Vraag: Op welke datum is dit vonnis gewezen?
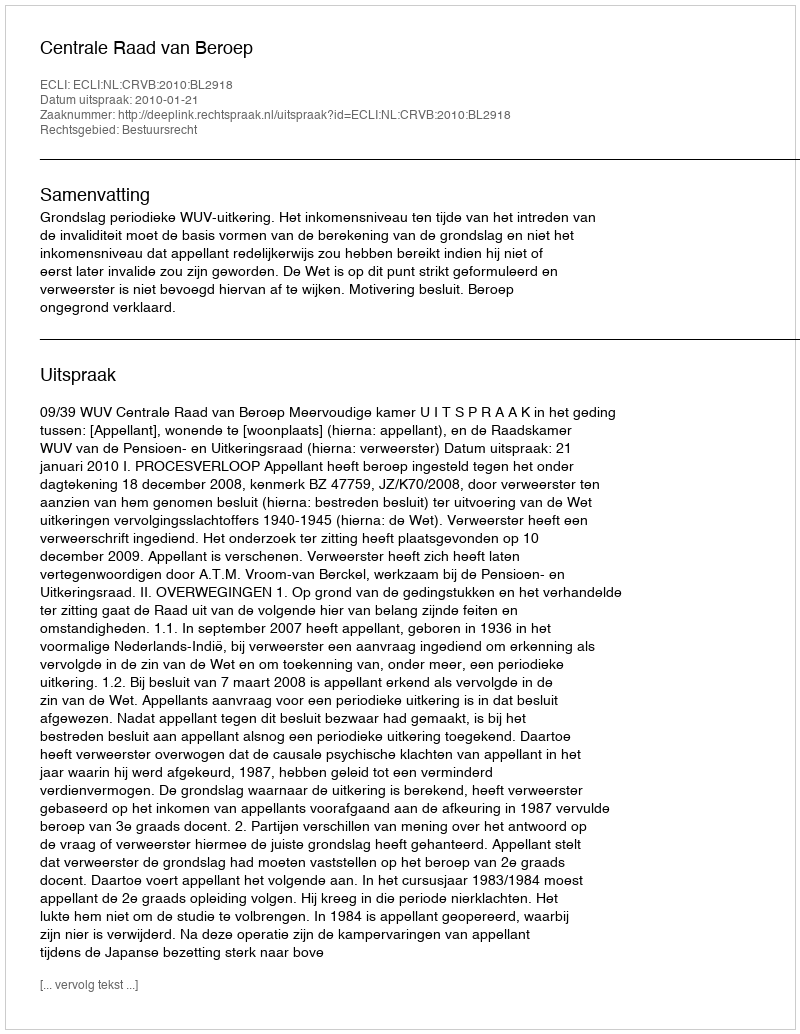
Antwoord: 2010-01-21